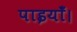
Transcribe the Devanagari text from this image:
पाइयाँ।